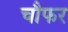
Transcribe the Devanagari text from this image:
चौफर